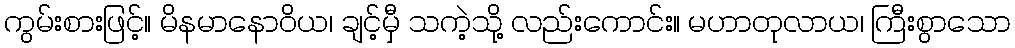
ကွမ်းစားဖြင့်။ မိနမာနောဝိယ၊ ချင့်မှီ သကဲ့သို့ လည်းကောင်း။ မဟာတုလာယ၊ ကြီးစွာသော